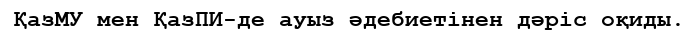
ҚазМУ мен ҚазПИ-де ауыз әдебиетінен дәріс оқиды.